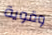
وقوية